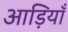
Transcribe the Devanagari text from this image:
आड़ियाँ